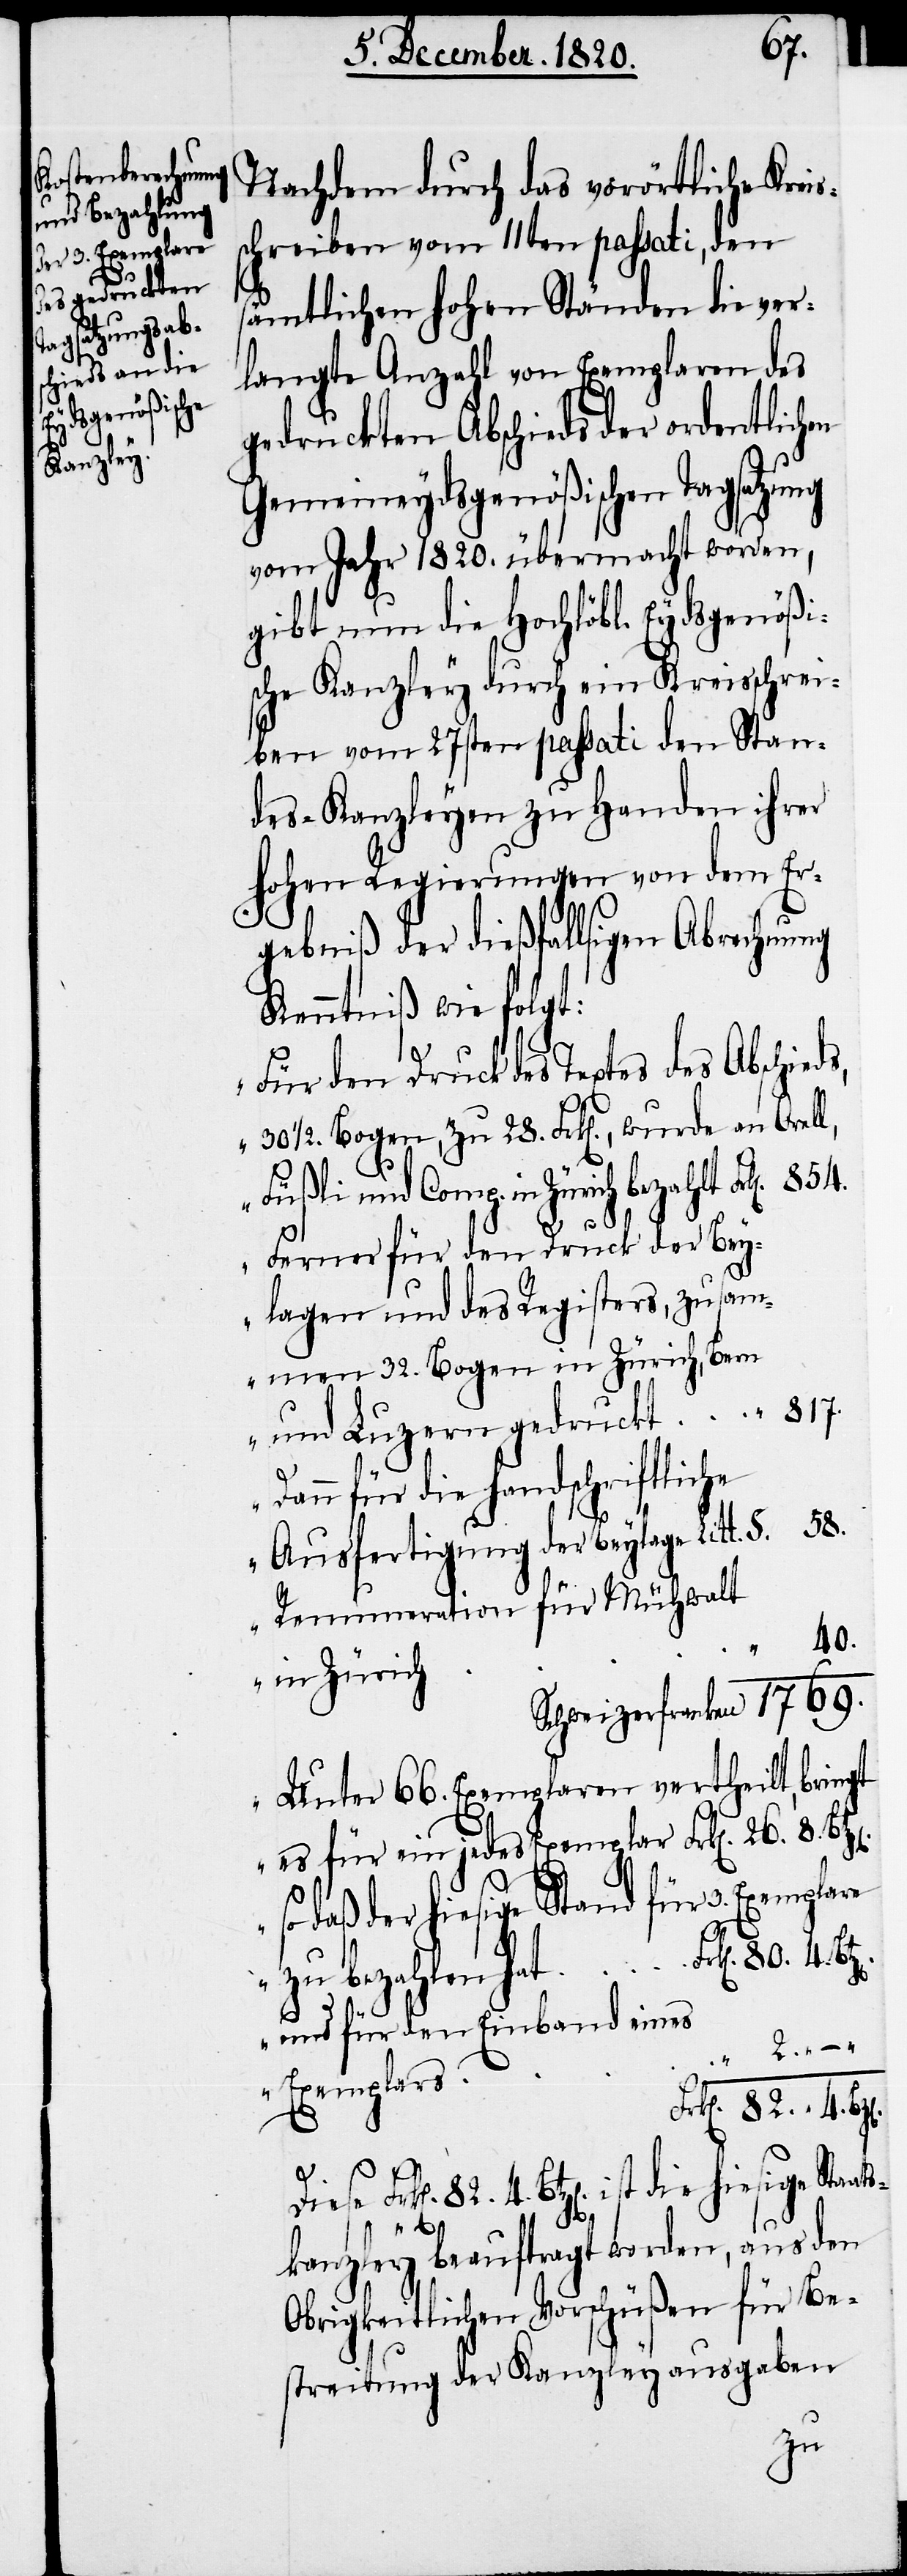
die hiesige

817.
Nachdem durch das vorörtliche Kreis¬
schreiben vom 11ten passati, den
4.
sämtlichen hohen Ständen die ver¬
langte Anzahl von Exemplaren des
gedruckten Abschieds der ordentlichen
Gemeineydsgenößischen Tagsatzung
vom Jahr 1820. übermacht worden,
gibt nun die Hochlöbl. Eydsgenößi¬
sche Kanzley durch ein Kreisschrei¬
ben vom 27sten passati den Stan¬
des-Kanzleyen zu Handen ihrer
hohen Regierungen von dem Er¬
gebniß der dießfallsigen Abrechnung
Kenntniß wie folgt:
„Für den Druck des Textes des Abschieds,
30 1/2. Bogen, zu 28. Frk[en]., wurde an Orell,
Füßli und Comp. in Zürich bezahlt
Ferner für den Druck der Bey¬
lagen und des Registers, zusam¬
men 32. Bogen in Zürich, Bern
Dann für die handschriftliche
Ausfertigung der Beylage Litt. S.
Renumeration für Mühwalt
40.
in Zürich
Schweizerfranken
Unter 66. Exemplaren vertheilt, bringt
so daß der hiesige Stand für 3. Exemplare
4.
und für den Einband eines
Exemplars
Frk[en]. 82. 4. Bt¬
80.
Staats¬
kanzley beauftragt worden, aus den
Obrigkeitlichen Vorschüßen für Be¬
streitung der Kanzleyausgaben
zu